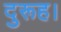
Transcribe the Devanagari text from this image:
दुरूह।